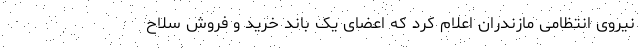
نیروی انتظامی مازندران اعلام کرد که اعضای یک باند خرید و فروش سلاح